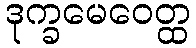
ဒုက္ခမေဝေတ္ထ